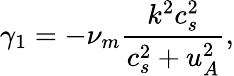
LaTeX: \gamma_{1}=-\nu_{m}\frac{k^{2}c_{s}^{2}}{c_{s}^{2}+u_{A}^{2}},